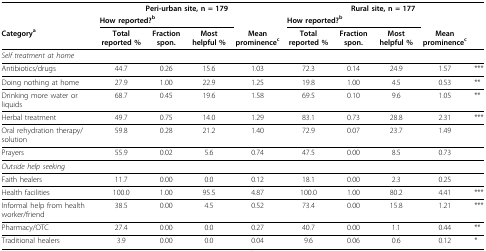
<table><thead><tr><td>[EMPTY_CELL]</td><td colspan="3"><b>Peri-urban site, n = 179</b></td><td>[EMPTY_CELL]</td><td colspan="3"><b>Rural site, n = 177</b></td><td>[EMPTY_CELL]</td><td>[EMPTY_CELL]</td></tr><tr><td>[EMPTY_CELL]</td><td colspan="3"><b>How reported?<sup>b</sup></b></td><td>[EMPTY_CELL]</td><td colspan="3"><b>How reported?<sup>b</sup></b></td><td>[EMPTY_CELL]</td><td>[EMPTY_CELL]</td></tr><tr><td><b>Category<sup>a</sup></b></td><td><b>Total reported %</b></td><td><b>Fraction spon.</b></td><td><b>Most helpful %</b></td><td><b>Mean prominence<sup>c</sup></b></td><td><b>Total reported %</b></td><td><b>Fraction spon.</b></td><td><b>Most helpful %</b></td><td><b>Mean prominence<sup>c</sup></b></td><td>[EMPTY_CELL]</td></tr></thead><tbody><tr><td><i>Self treatment at home</i></td><td>[EMPTY_CELL]</td><td>[EMPTY_CELL]</td><td>[EMPTY_CELL]</td><td>[EMPTY_CELL]</td><td>[EMPTY_CELL]</td><td>[EMPTY_CELL]</td><td>[EMPTY_CELL]</td><td>[EMPTY_CELL]</td><td>[EMPTY_CELL]</td></tr><tr><td>Antibiotics/drugs</td><td>44.7</td><td>0.26</td><td>15.6</td><td>1.03</td><td>72.3</td><td>0.14</td><td>24.9</td><td>1.57</td><td>***</td></tr><tr><td>Doing nothing at home</td><td>27.9</td><td>1.00</td><td>22.9</td><td>1.25</td><td>19.8</td><td>1.00</td><td>4.5</td><td>0.53</td><td>**</td></tr><tr><td>Drinking more water or liquids</td><td>68.7</td><td>0.45</td><td>19.6</td><td>1.58</td><td>69.5</td><td>0.10</td><td>9.6</td><td>1.05</td><td>**</td></tr><tr><td>Herbal treatment</td><td>49.7</td><td>0.75</td><td>14.0</td><td>1.29</td><td>83.1</td><td>0.73</td><td>28.8</td><td>2.31</td><td>***</td></tr><tr><td>Oral rehydration therapy/solution</td><td>59.8</td><td>0.28</td><td>21.2</td><td>1.40</td><td>72.9</td><td>0.07</td><td>23.7</td><td>1.49</td><td>[EMPTY_CELL]</td></tr><tr><td>Prayers</td><td>55.9</td><td>0.02</td><td>5.6</td><td>0.74</td><td>47.5</td><td>0.00</td><td>8.5</td><td>0.73</td><td>[EMPTY_CELL]</td></tr><tr><td><i>Outside help seeking</i></td><td>[EMPTY_CELL]</td><td>[EMPTY_CELL]</td><td>[EMPTY_CELL]</td><td>[EMPTY_CELL]</td><td>[EMPTY_CELL]</td><td>[EMPTY_CELL]</td><td>[EMPTY_CELL]</td><td>[EMPTY_CELL]</td><td>[EMPTY_CELL]</td></tr><tr><td>Faith healers</td><td>11.7</td><td>0.00</td><td>0.0</td><td>0.12</td><td>18.1</td><td>0.00</td><td>2.3</td><td>0.25</td><td>[EMPTY_CELL]</td></tr><tr><td>Health facilities</td><td>100.0</td><td>1.00</td><td>95.5</td><td>4.87</td><td>100.0</td><td>1.00</td><td>80.2</td><td>4.41</td><td>***</td></tr><tr><td>Informal help from health worker/friend</td><td>38.5</td><td>0.00</td><td>4.5</td><td>0.52</td><td>73.4</td><td>0.00</td><td>15.8</td><td>1.21</td><td>***</td></tr><tr><td>Pharmacy/OTC</td><td>27.4</td><td>0.00</td><td>0.0</td><td>0.27</td><td>40.7</td><td>0.00</td><td>1.1</td><td>0.44</td><td>**</td></tr><tr><td>Traditional healers</td><td>3.9</td><td>0.00</td><td>0.0</td><td>0.04</td><td>9.6</td><td>0.06</td><td>0.6</td><td>0.12</td><td>*</td></tr></tbody></table>